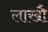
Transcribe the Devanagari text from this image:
लाखौ